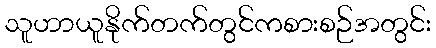
သူဟာယူနိုက်တက်တွင်ကစားစဉ်အတွင်း